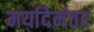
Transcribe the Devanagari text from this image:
मर्यादेनंतर